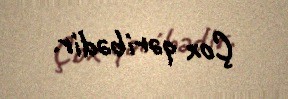
Çox qəribədir.